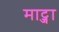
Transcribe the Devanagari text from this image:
माट्जा